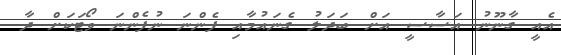
އެއީ ގާނޫނު އަސާސީ އަށް ބަދަލު ގެނައުމާއި ފެންނަ ނުފެންނަ ވޯޓަކަށް ދާ